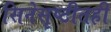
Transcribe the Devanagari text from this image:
सिनेसृष्टीतही